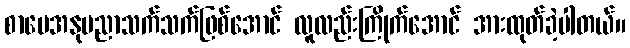
စာပေအနုပညာသက်သက်ဖြစ်အောင် လူလည်းကြိုက်အောင် အားထုတ်ခဲ့ပါတယ်။